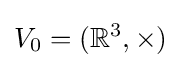
V_{0}=(\mathbb {R} ^{3},\times )